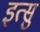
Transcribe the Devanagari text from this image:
इत्सु